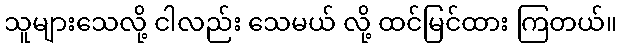
သူများသေလို့ ငါလည်း သေမယ် လို့ ထင်မြင်ထား ကြတယ်။